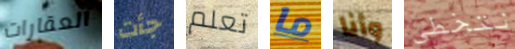
العقارات جأت تعلم ما وأنا نتخطى